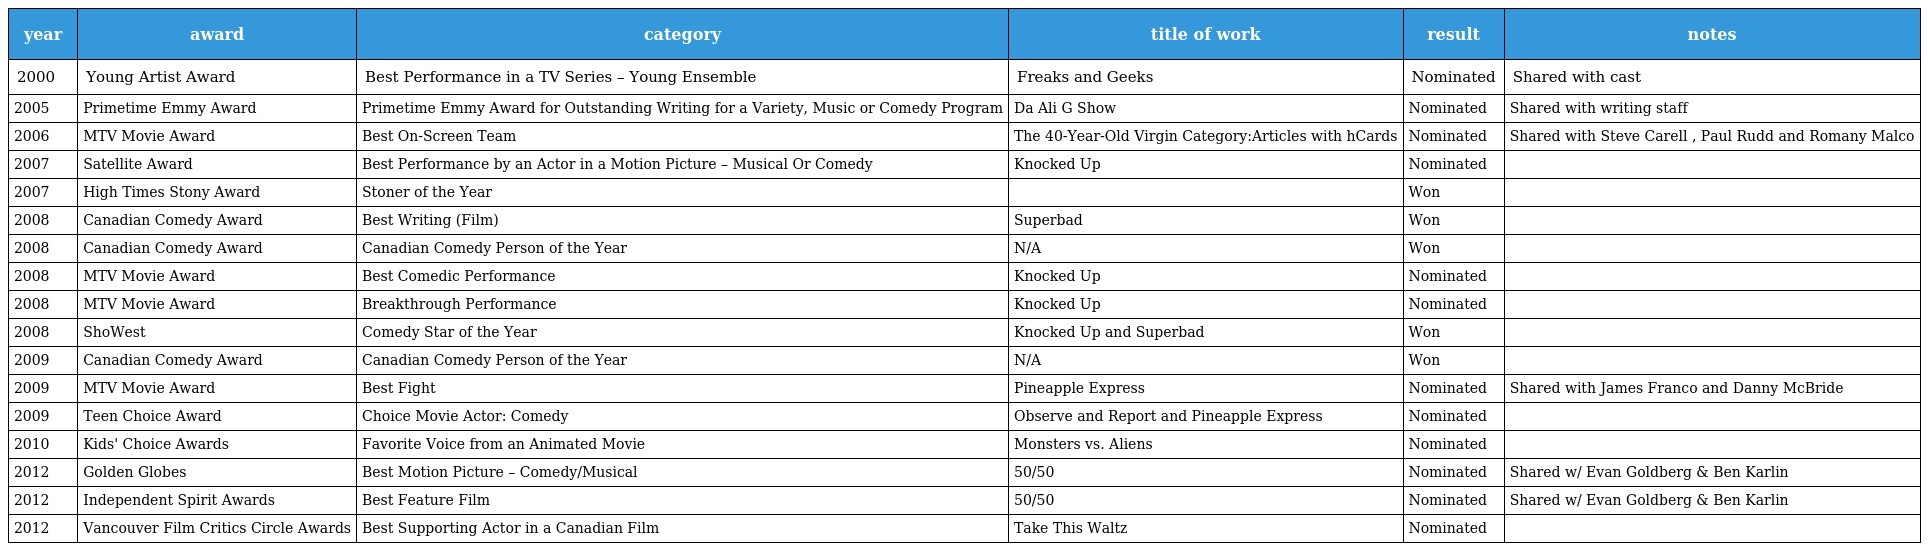
| year | award | category | title of work | result | notes |
 | --- | --- | --- | --- | --- | --- |
 | 2000 | Young Artist Award | Best Performance in a TV Series – Young Ensemble | Freaks and Geeks | Nominated | Shared with cast |
 | 2005 | Primetime Emmy Award | Primetime Emmy Award for Outstanding Writing for a Variety, Music or Comedy Program | Da Ali G Show | Nominated | Shared with writing staff |
 | 2006 | MTV Movie Award | Best On-Screen Team | The 40-Year-Old Virgin Category:Articles with hCards | Nominated | Shared with Steve Carell , Paul Rudd and Romany Malco |
 | 2007 | Satellite Award | Best Performance by an Actor in a Motion Picture – Musical Or Comedy | Knocked Up | Nominated |  |
 | 2007 | High Times Stony Award | Stoner of the Year |  | Won |  |
 | 2008 | Canadian Comedy Award | Best Writing (Film) | Superbad | Won |  |
 | 2008 | Canadian Comedy Award | Canadian Comedy Person of the Year | N/A | Won |  |
 | 2008 | MTV Movie Award | Best Comedic Performance | Knocked Up | Nominated |  |
 | 2008 | MTV Movie Award | Breakthrough Performance | Knocked Up | Nominated |  |
 | 2008 | ShoWest | Comedy Star of the Year | Knocked Up and Superbad | Won |  |
 | 2009 | Canadian Comedy Award | Canadian Comedy Person of the Year | N/A | Won |  |
 | 2009 | MTV Movie Award | Best Fight | Pineapple Express | Nominated | Shared with James Franco and Danny McBride |
 | 2009 | Teen Choice Award | Choice Movie Actor: Comedy | Observe and Report and Pineapple Express | Nominated |  |
 | 2010 | Kids' Choice Awards | Favorite Voice from an Animated Movie | Monsters vs. Aliens | Nominated |  |
 | 2012 | Golden Globes | Best Motion Picture – Comedy/Musical | 50/50 | Nominated | Shared w/ Evan Goldberg & Ben Karlin |
 | 2012 | Independent Spirit Awards | Best Feature Film | 50/50 | Nominated | Shared w/ Evan Goldberg & Ben Karlin |
 | 2012 | Vancouver Film Critics Circle Awards | Best Supporting Actor in a Canadian Film | Take This Waltz | Nominated |  |